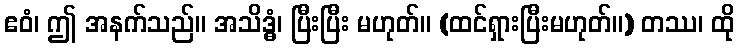
ဧဝံ၊ ဤ အနက်သည်။ အသိဒ္ဓံ၊ ပြီးပြီး မဟုတ်။ (ထင်ရှားပြီးမဟုတ်။) တဿ၊ ထို